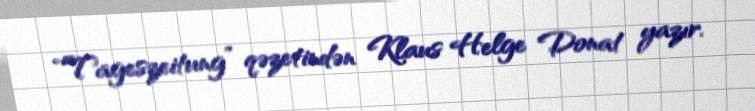
“Tageszeitung” qəzetindən Klaus Helge Donat yazır.